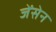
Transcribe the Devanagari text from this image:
जेंसेन